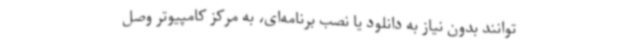
‌توانند بدون نیاز به دانلود یا نصب برنامه‌ای، به مرکز کامپیوتر وصل